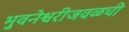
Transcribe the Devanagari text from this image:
भुवनेश्वरीजवळची